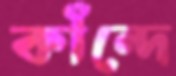
কাঁন্দে